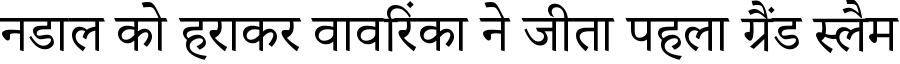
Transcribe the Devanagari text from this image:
नडाल को हराकर वावरिंका ने जीता पहला ग्रैंड स्लैम